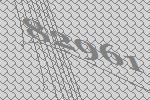
82961